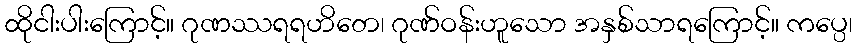
ထိုငါးပါးကြောင့်။ ဂုဏဿရရဟိတေ၊ ဂုဏ်ဝန်းဟူသော အနှစ်သာရကြောင့်။ ကပ္ပေ၊